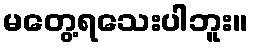
မတွေ့ရသေးပါဘူး။